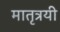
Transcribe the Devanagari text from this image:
मातृत्रयी